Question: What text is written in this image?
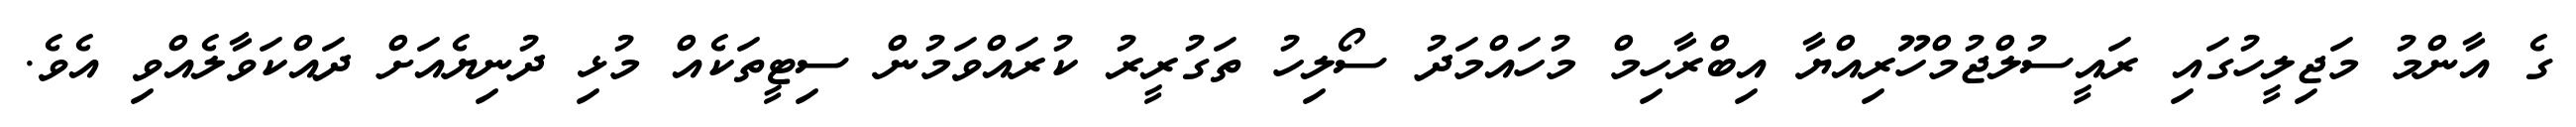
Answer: ގެ އާންމު މަޖިލީހުގައި ރައީސުލްޖުމްހޫރިއްޔާ އިބްރާހިމް މުހައްމަދު ސޯލިހު ތަގުރީރު ކުރައްވަމުން ސިޓީތަކެއް މުޅި ދުނިޔެއަށް ދައްކަވާލެއްވި އެވެ.